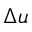
\Delta u